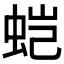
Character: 𰲹